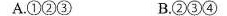
A.①②③ B.②③④